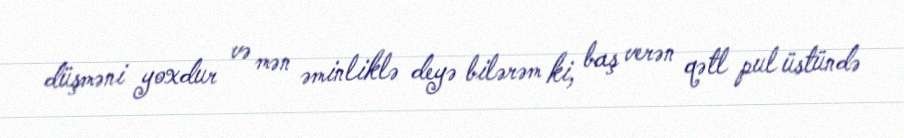
düşməni yoxdur və mən əminliklə deyə bilərəm ki, baş verən qətl pul üstündə